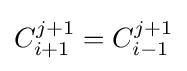
C_{i+1}^{j+1}=C_{i-1}^{j+1}